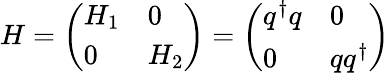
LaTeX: H=\left(\begin{array}{ll}{{H_{1}}}&{{0}}\\ {{0}}&{{H_{2}}}\end{array}\right)=\left(\begin{array}{ll}{{q^{\dagger}q}}&{{0}}\\ {{0}}&{{qq^{\dagger}}}\end{array}\right)